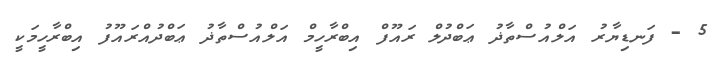
5 - ފަނޑިޔާރު އަލްއުސްތާޛު ޢަބްދުލް ރައޫފް އިބްރާހީމް އަލްއުސްތާޛު ޢަބްދުއްރައޫފު އިބްރާހީމަކީ